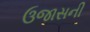
ઉજાસની